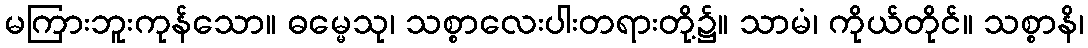
မကြားဘူးကုန်သော။ ဓမ္မေသု၊ သစ္စာလေးပါးတရားတို့၌။ သာမံ၊ ကိုယ်တိုင်။ သစ္စာနိ၊